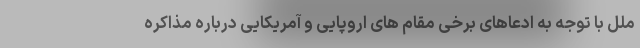
ملل با توجه به ادعاهای برخی مقام های اروپایی و آمریکایی درباره مذاکره